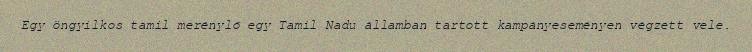
Egy öngyilkos tamil merénylő egy Tamil Nadu államban tartott kampányeseményen végzett vele.